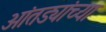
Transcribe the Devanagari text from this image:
आंतड्यांच्या